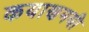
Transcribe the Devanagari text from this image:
कयाणमयी